Illuka_vallavalitsus, lk 14
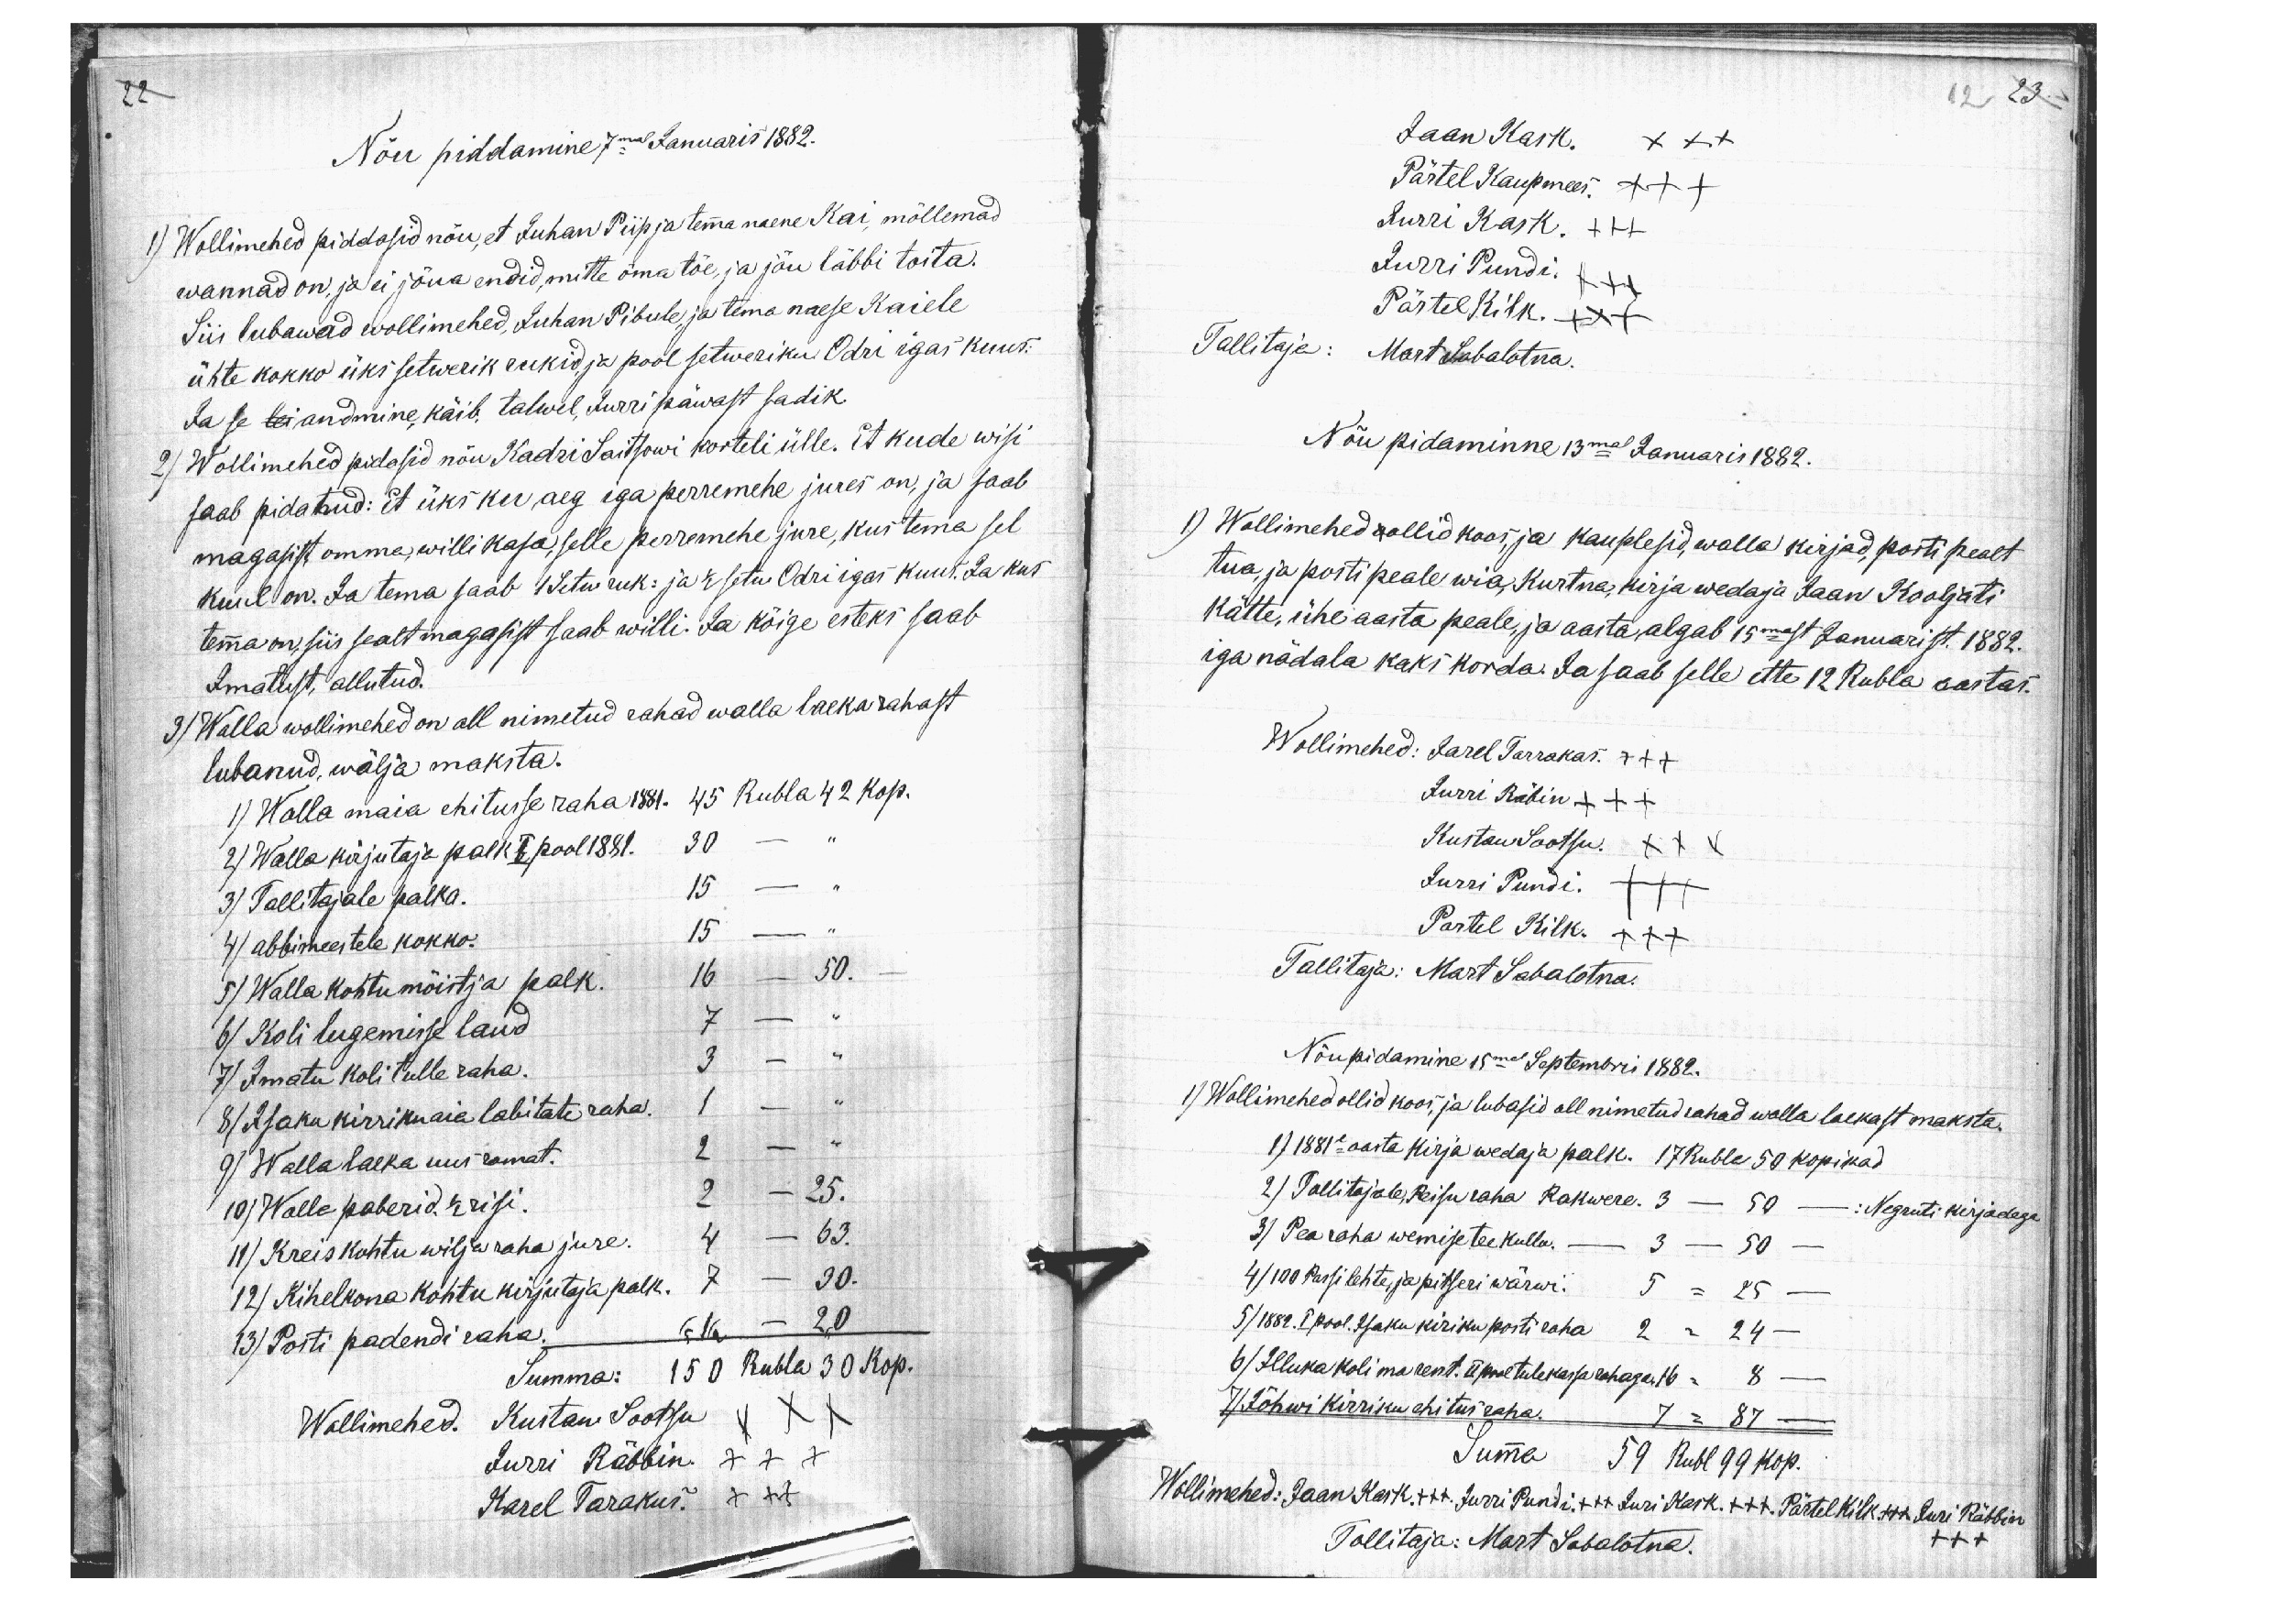
22
Nõu piddamine 7mal Januaris 1882.
1) Wollimehed piddasid nõu, et Juhan Piip ja temma naene Kai, mõllemad
wannad on, ja ei jõua endid, mitte oma töe, ja jõu läbbi toita.
Siis lubawad wollimehed, Juhan Pibule, ja tema naese Kaiele
ühte kokko üks setwerik rukid ja pool setweriku Odri igas kuus.
Ja se lei andmine, käib, talwel, Jurri päwast sadik.
2) Wollimehed pidasid nõu Kadri Saitsowi korteli ülle. Et kude wisi
saab pidatud: Et üks ku aeg iga perremehe jures on, ja saab
magasist omma, willi kasa, selle perremehe jure, kus tema sel
kuul on. Ja tema saab 1 Setw ruk: ja 1/2 setw Odri igas kuul. Ja kus
temma on, siis sealt magasist saab willi. Ja kõige esteks saab
Imatust, allutud.
3) Walla wollimehed on all nimetud rahad walla laeka rahast
lubanud, wälja maksta.
1) Walla maia ehitusse raha 1881. 45 Rubla 42 kop.
2) Walla kirjutaja palk I pool 1881. 30 - "
3) Tallitajale palka. 15 - "
4) abbimeestele kokko. 15 - "
5) Walla kohtumõistja palk. 16 - 50. -
6) Koli lugemisse laud 7 - „
7) Imatu koli tulle raha. 3 - "
8) Isaku kirriku aia labitate raha. 1 - "
9) Walla laeka uus ramat. 2 - "
10) Walle paberid. 1/2 risi. 2 - 25.
11) Kreis kohtu wilja raha jure. 4 - 63.
12.) Kihelkona kohtu kirjutaja palk. 7 - 30.
13.) Posti padendi raha: 6 16 - 20
Summa: 150 Rubla 30 kop.
Wollimehed. Kustaw Sootsu XXX
Jurri Räbbin. XXX
Karel Tarakus. XXX

12, 23.
Jaan Kask. XXX
Pärtel Kaupmees. XXX
Jurri Kask. XXX
Jurri Pundi. XXX
Pärtel Kilk. XXX
Tallitaja: Mart Sabalotna.
Nõu pidaminne 13mal Januaris 1882.
1) Wollimehed oollid koos, ja kauplesid, walla kirjad, posti pealt
tua, ja posti peale wia, Kurtna, kirja wedaja Jaan Kooljati
kätte, ühe aasta peale, ja aasta algab 15mast Januarist. 1882.
iga nädala kaks korda. Ja saab selle ette 12 Rubla aastas.
Wollimehed: Karel Tarrakas. XXX
Jurri Räbin XXX
Kustaw Sootsu. XXX
Jurri Pundi. XXX
Partel Kilk. XXX
Tallitaja: Mart Sabalotna.
Nõupidamine 15mal Septembri 1882.
1) Wollimehed ollid koos, ja lubasid all nimetud rahad walla laekast maksta.
1) 1881e aasta kirja wedaja palk. 17 Rubla 50 kopikad
2) Tallitajale, Reisu raha Rakwere. 3 - 50 - : Negruti kirjadega
3) Pea raha wemise tee kullu. - 3 - 50 -
4) 100 Passi lehte, ja pitseri wärwi. 5 - 25 -
5) 1882. I pool. Isaku kiriku posti raha 2 - 24 -
6) Illuka koli ma rent. II pool tulekassa rahaga. 16 - 8 -
7) Jõhwi kirriku ehitus raha. 7 - 87 -
Summa 59 Rubl 99 kop.
Wollimehed: Jaan Kask. +++. Jurri Pundi. +++ Juri Kask. +++. Pärtel Kilk. +++ Juri Räbbin
Tallitaja: Mart Sabalotna.
XXX